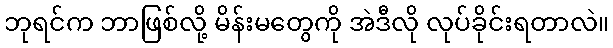
ဘုရင်က ဘာဖြစ်လို့ မိန်းမတွေကို အဲဒီလို လုပ်ခိုင်းရတာလဲ။